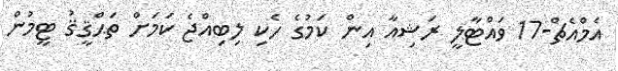
އެމްއެޗް-17 ވައްޓާލީ ރަޝިއާ އިން ކަމުގެ ހެކި ލިބިއްޖެ ކަމަށް ތަޙްޤީޤު ޓީމުން